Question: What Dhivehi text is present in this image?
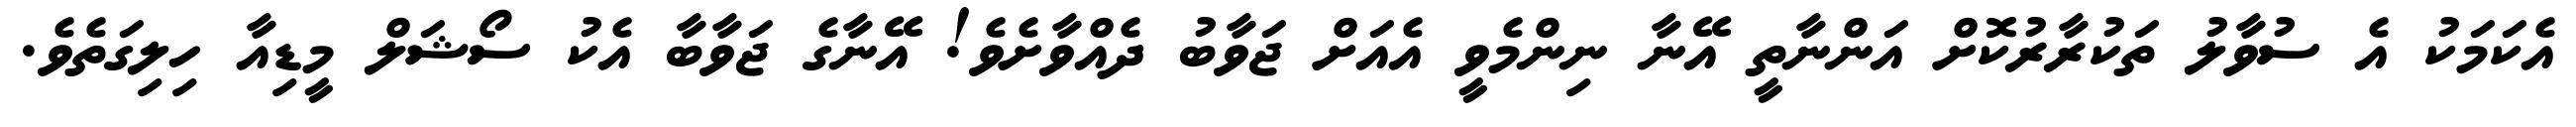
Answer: އެކަމަކު އެ ސުވާލު ތަކުރާރުކޮށް އަންނާތީ އޭނާ ނިންމެވީ އެއަށް ޖަވާބު ދެއްވާށެވެ! އޭނާގެ ޖަވާބާ އެކު ސޯޝަލް މީޑިއާ ހިލިގަތެވެ.